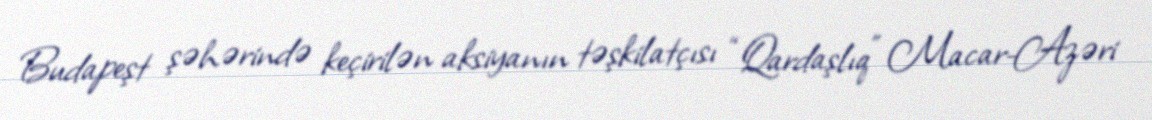
Budapeşt şəhərində keçirilən aksiyanın təşkilatçısı “Qardaşlıq” Macar-Azəri